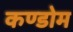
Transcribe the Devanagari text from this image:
कण्डोम